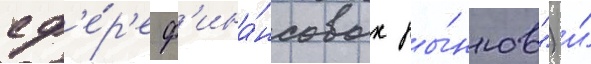
сф'е́р'е ф'ина́нсовых ры́нков") и́